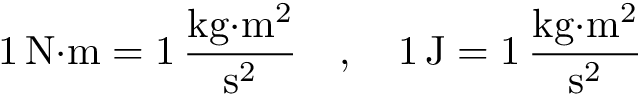
1 \, { \mathrm { N } } { \cdot } \mathrm { m } = 1 \, { \frac { { \mathrm { k g } } { \cdot } { \mathrm { m } } ^ { 2 } } { { \mathrm { s } } ^ { 2 } } } \quad , \quad 1 \, \mathrm { J } = 1 \, { \frac { \mathrm { k g } { \cdot } \mathrm { m } ^ { 2 } } { \mathrm { s } ^ { 2 } } }